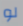
لو